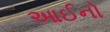
આઈનો